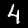
Digit: 4